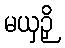
မယှဉှိ